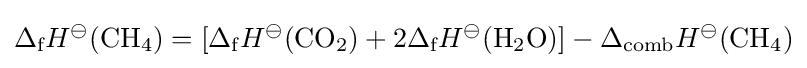
\Delta _{\text{f}}H^{\ominus }({\text{CH}}_{4})=[\Delta _{\text{f}}H^{\ominus }({\text{CO}}_{2})+2\Delta _{\text{f}}H^{\ominus }({\text{H}}_{2}{\text{O}})]-\Delta _{\text{comb}}H^{\ominus }({\text{CH}}_{4})